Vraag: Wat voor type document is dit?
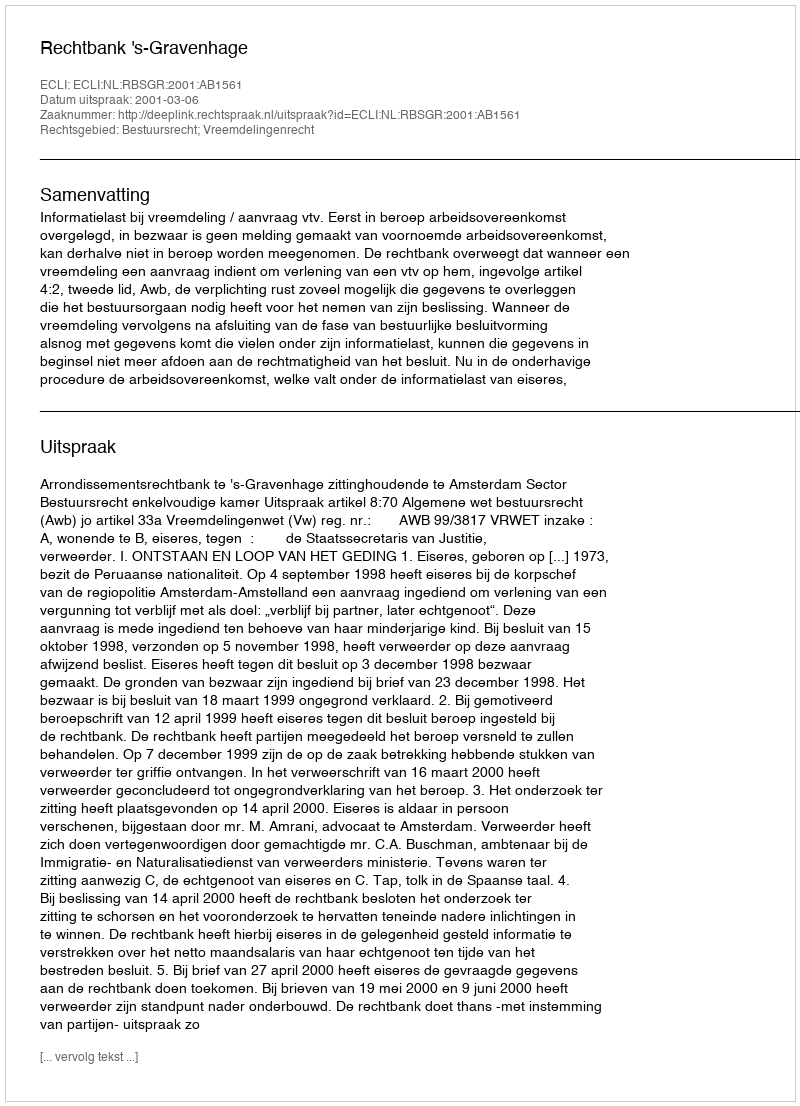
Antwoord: Uitspraak